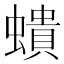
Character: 𧑋